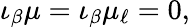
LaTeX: \iota_{\beta}\mu=\iota_{\beta}\mu_{\ell}=0,